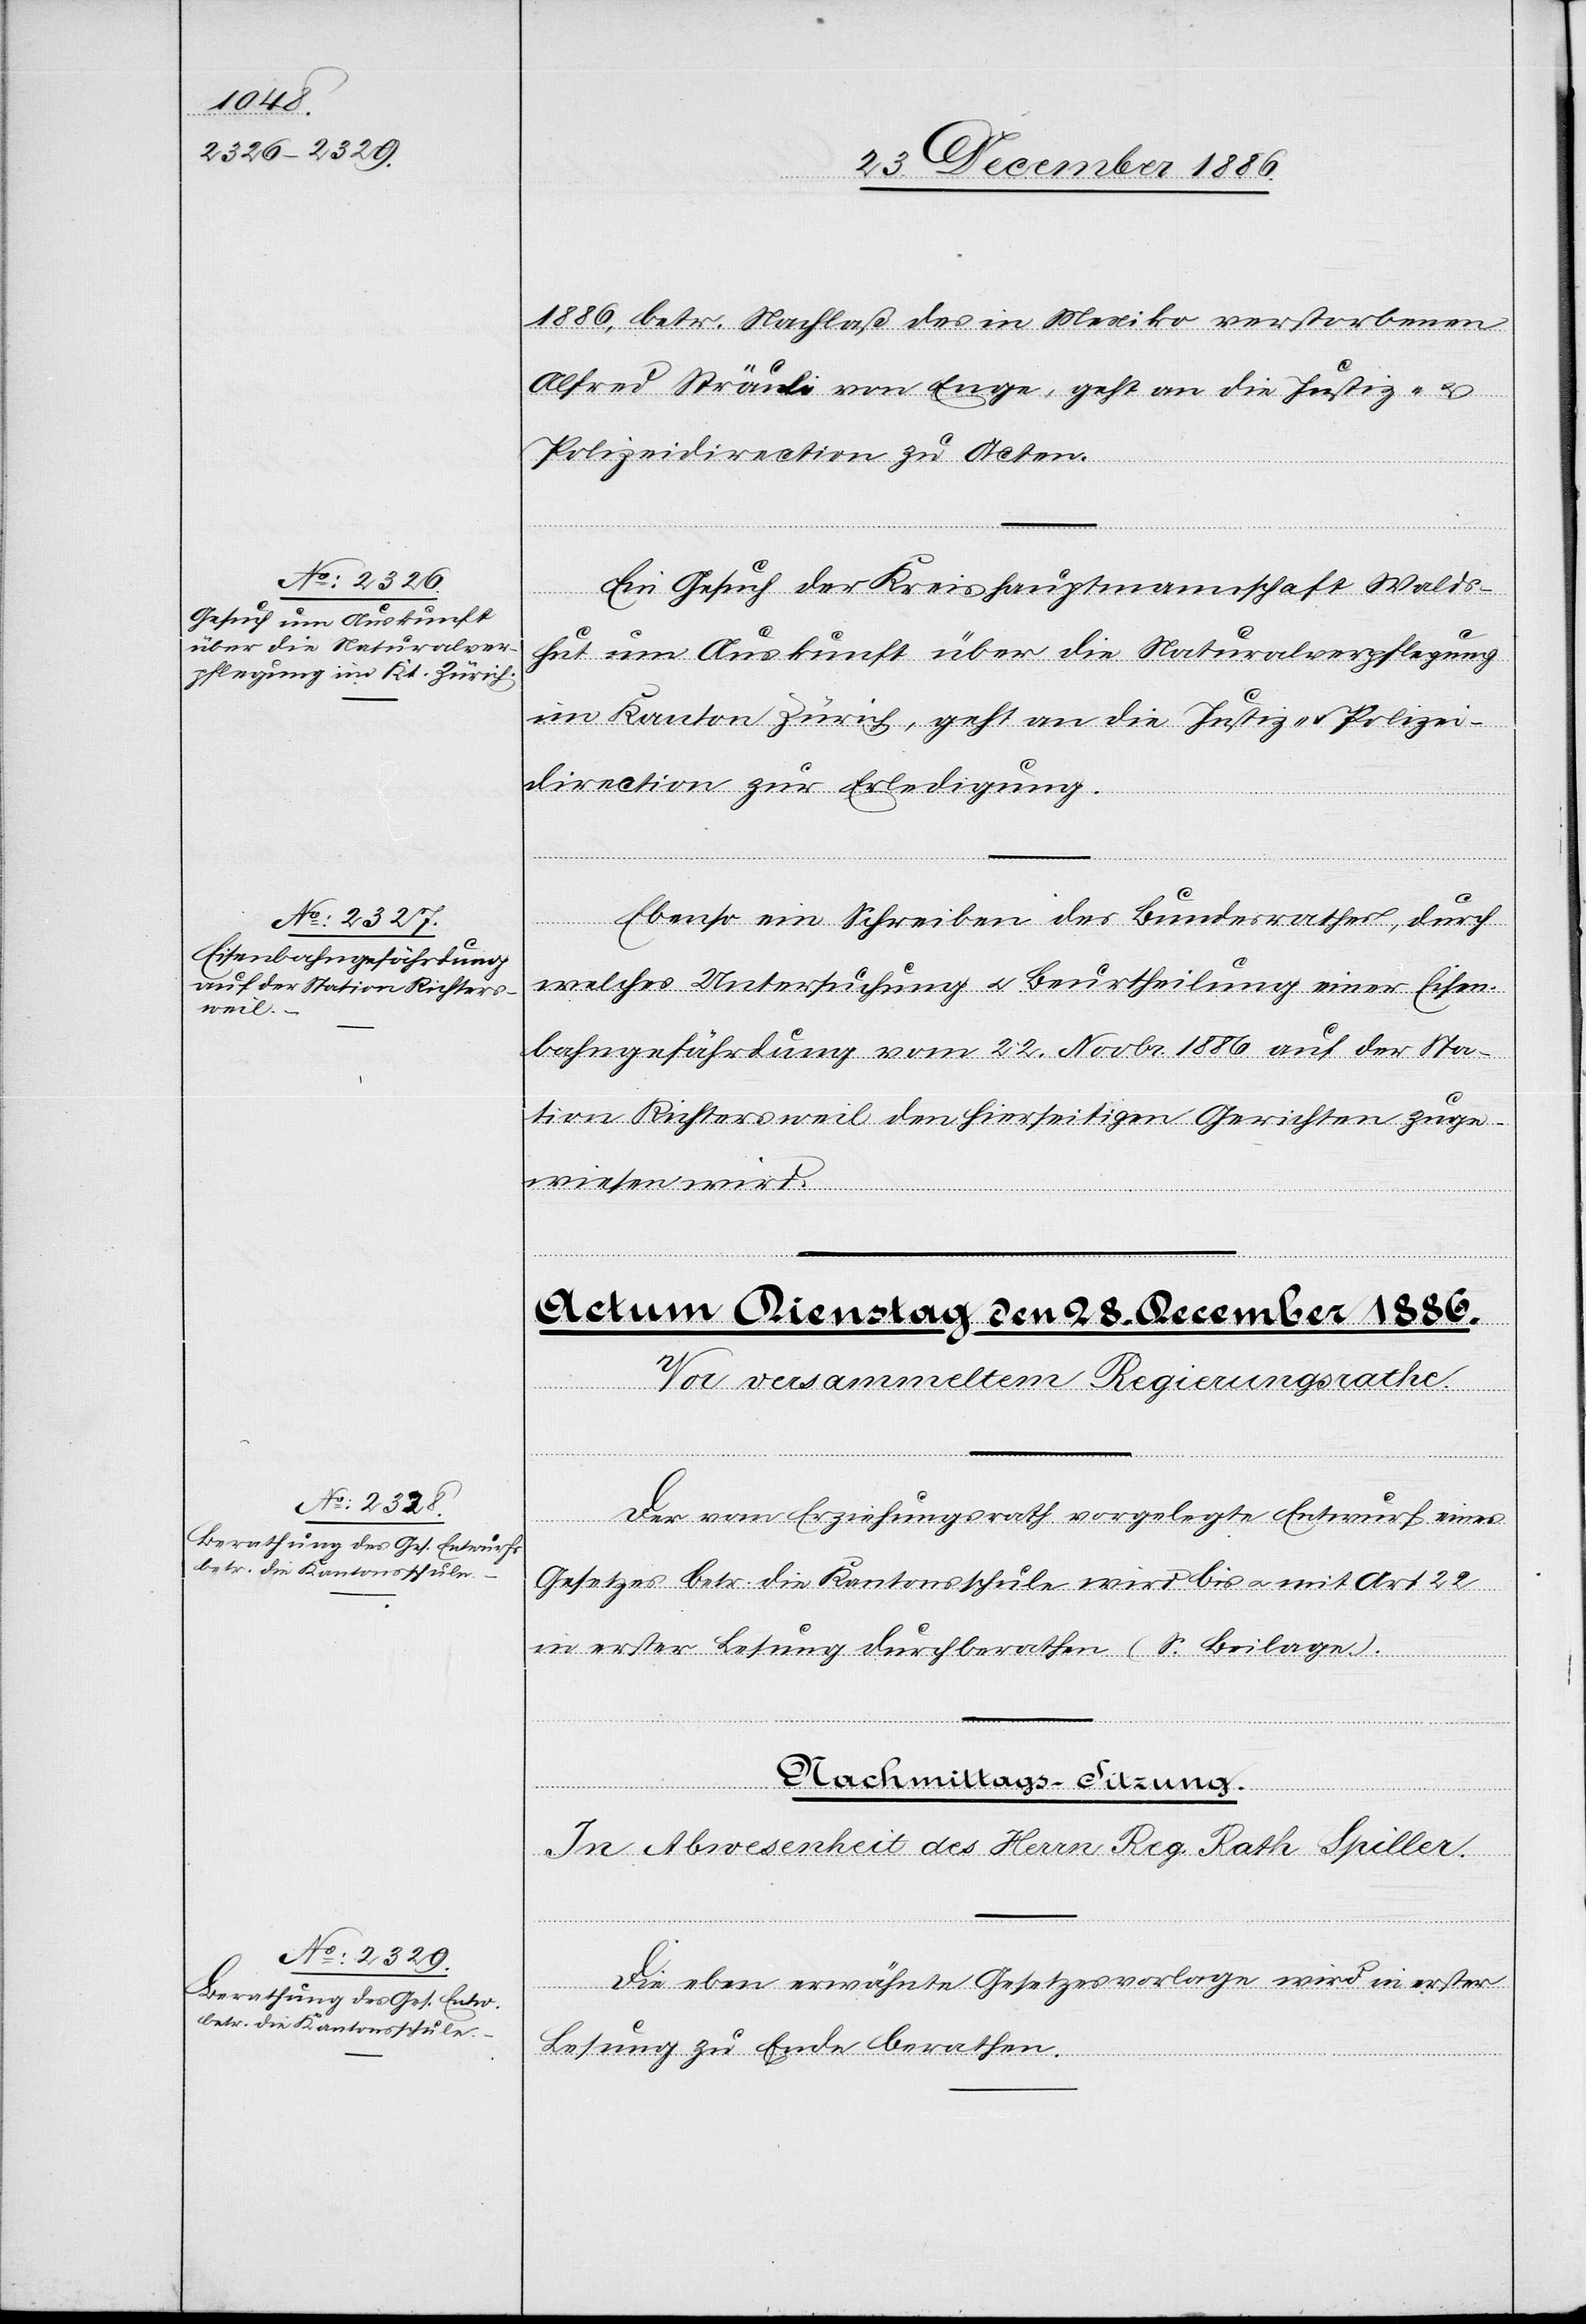
27. December 1886.]
1886, betr. Nachlaß des in Mexiko verstorbenen
Alfred Sträuli von Enge, geht an die Justiz- &
Polizeidirection zu Acten.
Ein Gesuch der Kreishauptmannschaft Walds¬
hut um Auskunft über die Naturalverpflegung
im Kanton Zürich, geht an die Justiz- & Polizei¬
direction zur Erledigung.
Ebenso ein Schreiben des Bundesrathes, durch
welches Untersuchung & Beurtheilung einer Eisen¬
bahngefährdung vom 22. Novbr. 1886 auf der Sta¬
tion Richtersweil den hierseitigen Gerichten zuge¬
wiesen wird.
Der vom Erziehungsrath vorgelegte Entwurf eines
Gesetzes betr. die Kantonsschule wird bis & mit Art. 22
in erster Lesung durchberathen (s. Beilage.).
Die eben erwähnte Gesetzesvorlage wird in erster
Lesung zu Ende berathen.